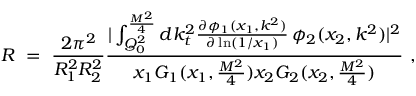
R \, \, = \, \, \frac { 2 \pi ^ { 2 } } { R _ { 1 } ^ { 2 } R _ { 2 } ^ { 2 } } \frac { | \int _ { Q _ { 0 } ^ { 2 } } ^ { \frac { M ^ { 2 } } { 4 } } d k _ { t } ^ { 2 } \frac { \partial \phi _ { 1 } ( x _ { 1 } , k ^ { 2 } ) } { \partial \ln ( 1 / x _ { 1 } ) } \, \phi _ { 2 } ( x _ { 2 } , k ^ { 2 } ) | ^ { 2 } } { x _ { 1 } G _ { 1 } ( x _ { 1 } , \frac { M ^ { 2 } } { 4 } ) x _ { 2 } G _ { 2 } ( x _ { 2 } , \frac { M ^ { 2 } } { 4 } ) } \, \, ,